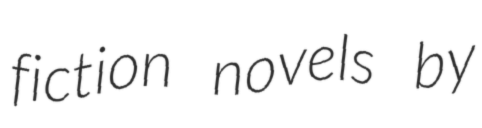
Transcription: fiction novels by